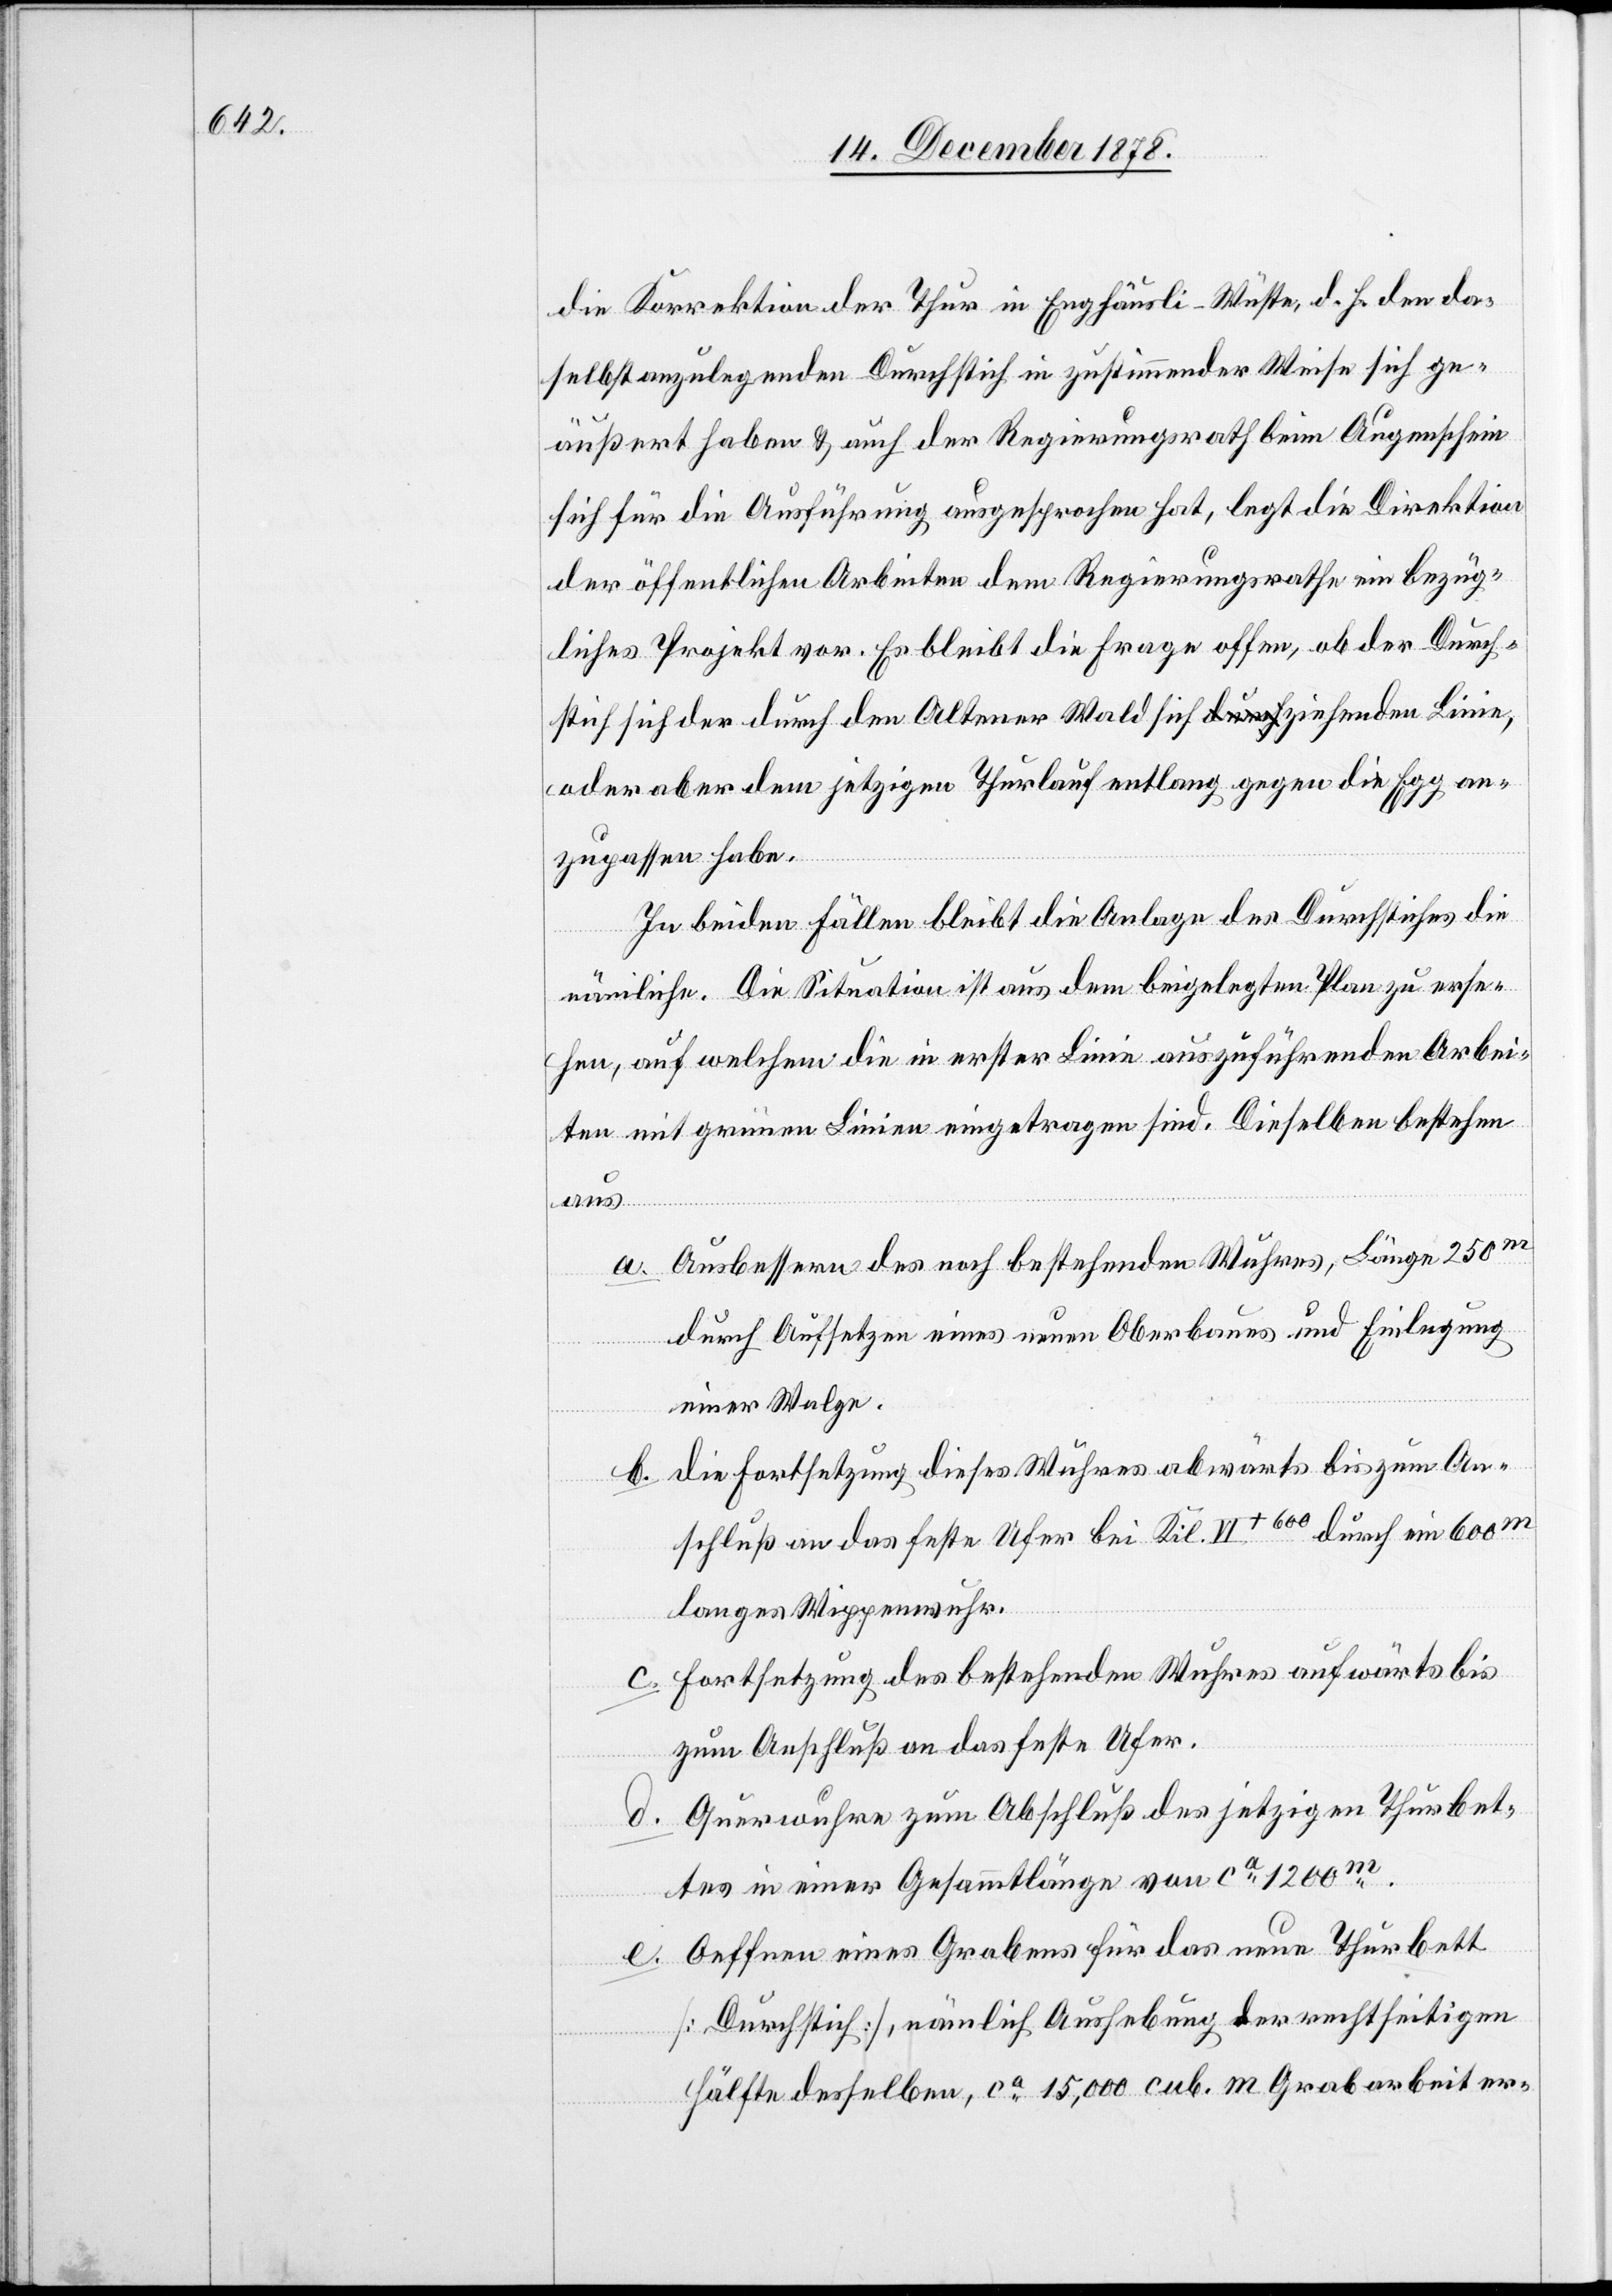
die Korrektion der Thur in Enghäusli - Wüste, d. h. den da¬
selbst anzulegenden Durchstich in zustimmender Weise sich ge¬
äußert haben & auch der Regierungsrath beim Augenschein
sich für die Ausführung ausgesprochen hat, legt die Direktion
der öffentlichen Arbeiten dem Regierungsrathe ein bezüg¬
liches Projekt vor. Es bleibt die Frage offen, ob der Durch¬
stich sich der durch den Altener Wald sich ziehenden Linie,
oder aber dem jetzigen Thurlauf entlang gegen die Egg an¬
zupassen habe.
In beiden Fällen bleibt die Anlage des Durchstiches die
nämliche. Die Situation ist aus dem beigelegten Plan zu erse¬
hen, auf welchem die in erster Linie auszuführenden Arbei¬
ten mit grünen Linien eingetragen sind. Dieselben bestehen
aus
Ausbessern des noch bestehenden Wuhres, Länge 250m
durch Aufsetzen eines neuen Oberbaues und Einlegung
einer Walze.
die Fortsetzung dieses Wuhres abwärts bis zum An¬
schluß an das feste Ufer bei Kil. IV+600 durch ein 600m
langes Wippenwuhr.
Fortsetzung des bestehenden Wuhres aufwärts bis
zum Anschluß an das feste Ufer.
Querwuhre zum Abschluß des jetzigen Thurbet¬
tes in einer Gesammtlänge von ca 1200m.
Oeffnen eines Grabens für das neue Thurbett
[Durchstich], nämlich Aushebung der rechtseitigen
e.
Hälfte desselben, ca 15,000 cub. m. Grabarbeit er-